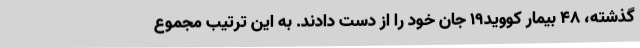
گذشته، 48 بیمار کووید19 جان خود را از دست دادند. به این ترتیب مجموع